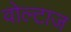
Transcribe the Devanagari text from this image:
वोल्टाज